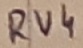
Text: RV4